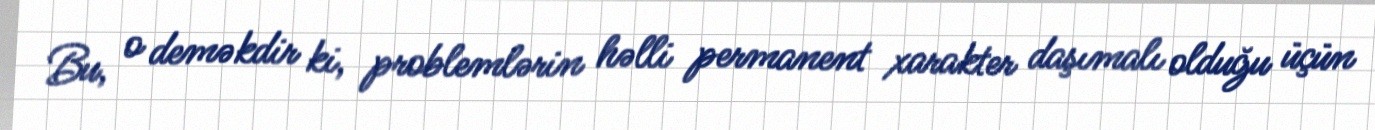
Bu, o deməkdir ki, problemlərin həlli permanent xarakter daşımalı olduğu üçün